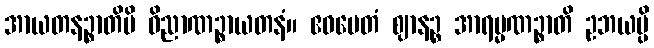
အာယတနဉ္စာတိပိ ဝိညာဏဉ္စာယတနံ။ ဧဝမေတံ ဈာနဉ္စ အာရမ္မဏဉ္စာတိ ဥဘယမ္ပိ